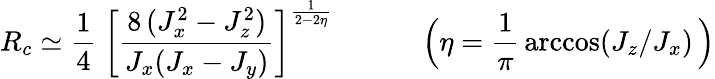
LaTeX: R_{c}\simeq\frac{1}{4}\ \bigg[\frac{8\, (J_{x}^{2}-J_{z}^{2})}{J_{x}(J_{x}-J_{y})}\bigg]^{\frac{1}{2-2\eta}}\, \quad\qquad\Big(\eta=\frac{1}{\pi}\, \operatorname{arccos}(J_{z}/J_{x})\, \Big)